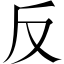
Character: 反